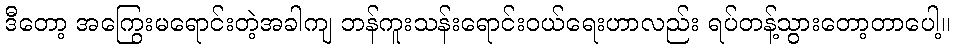
ဒီတော့ အကြွေးမရောင်းတဲ့အခါကျ ဘန်ကူးသန်းရောင်းဝယ်ရေးဟာလည်း ရပ်တန့်သွားတော့တာပေါ့။